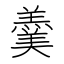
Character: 羹